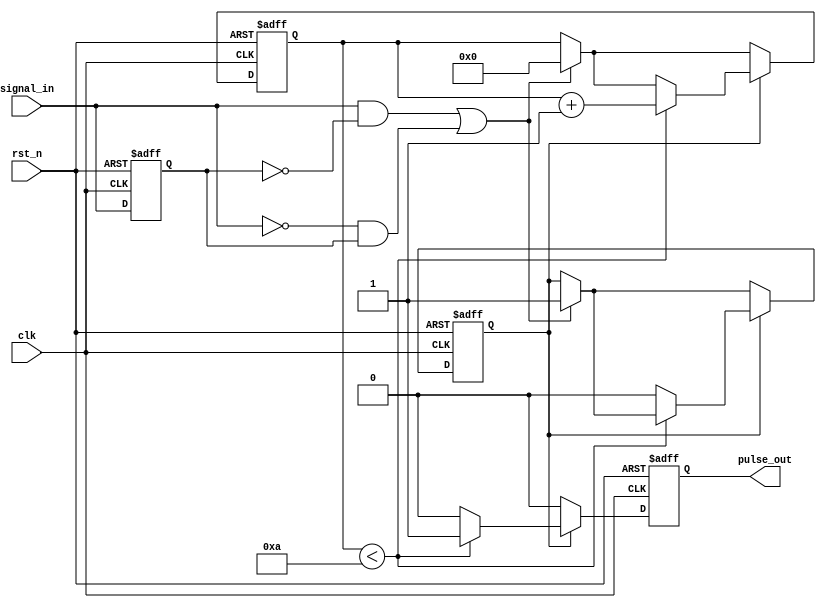
module monostable_edge_detector #(
    parameter PULSE_WIDTH = 10 // Pulse width in clock cycles
)(
    input wire clk,             // System clock
    input wire rst_n,           // Active low reset
    input wire signal_in,       // Input signal to detect edges
    output reg pulse_out        // Output pulse signal
);

    reg signal_in_prev;         // Previous state of the input signal
    reg [3:0] pulse_counter;    // Counter for pulse width
    reg pulse_active;           // Flag to indicate if pulse is active

    // Edge detection logic
    always @(posedge clk or negedge rst_n) begin
        if (!rst_n) begin
            signal_in_prev <= 1'b0;
            pulse_out <= 1'b0;
            pulse_counter <= 4'b0;
            pulse_active <= 1'b0;
        end else begin
            // Update previous state
            signal_in_prev <= signal_in;

            // Detect rising or falling edge
            if ((signal_in && !signal_in_prev) || (!signal_in && signal_in_prev)) begin
                pulse_active <= 1'b1; // Set pulse active on edge detection
                pulse_counter <= 4'b0; // Reset pulse counter
            end

            // Pulse generation logic
            if (pulse_active) begin
                if (pulse_counter < PULSE_WIDTH) begin
                    pulse_counter <= pulse_counter + 1; // Increment counter
                    pulse_out <= 1'b1; // Keep pulse high
                end else begin
                    pulse_active <= 1'b0; // End pulse after specified width
                    pulse_out <= 1'b0; // Set pulse low
                end
            end else begin
                pulse_out <= 1'b0; // Ensure pulse is low when not active
            end
        end
    end

endmodule